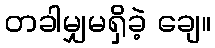
တခါမျှမရှိခဲ့ ချေ။